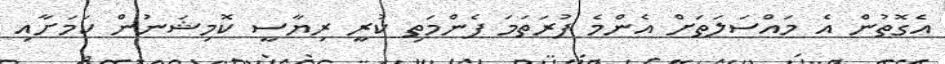
އެގޮތުން އެ މައްސަލަތަށް އެންމެ ފުރަތަމަ ފެންމަތި ކުރީ ރިޔާސީ ކޮމިޝަނުން ކަމަށާއި